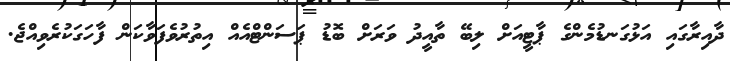
ދާއިރާގައި އަޅުގަނޑުމެންގެ ޕާޓީއަށް ލިބޭ ތާއީދު ވަރަށް ބޮޑު ޕަސަންޓްއެއް އިތުރުވެފަވާކަން ފާހަގަކުރެވިއްޖެ.